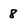
Character: 8